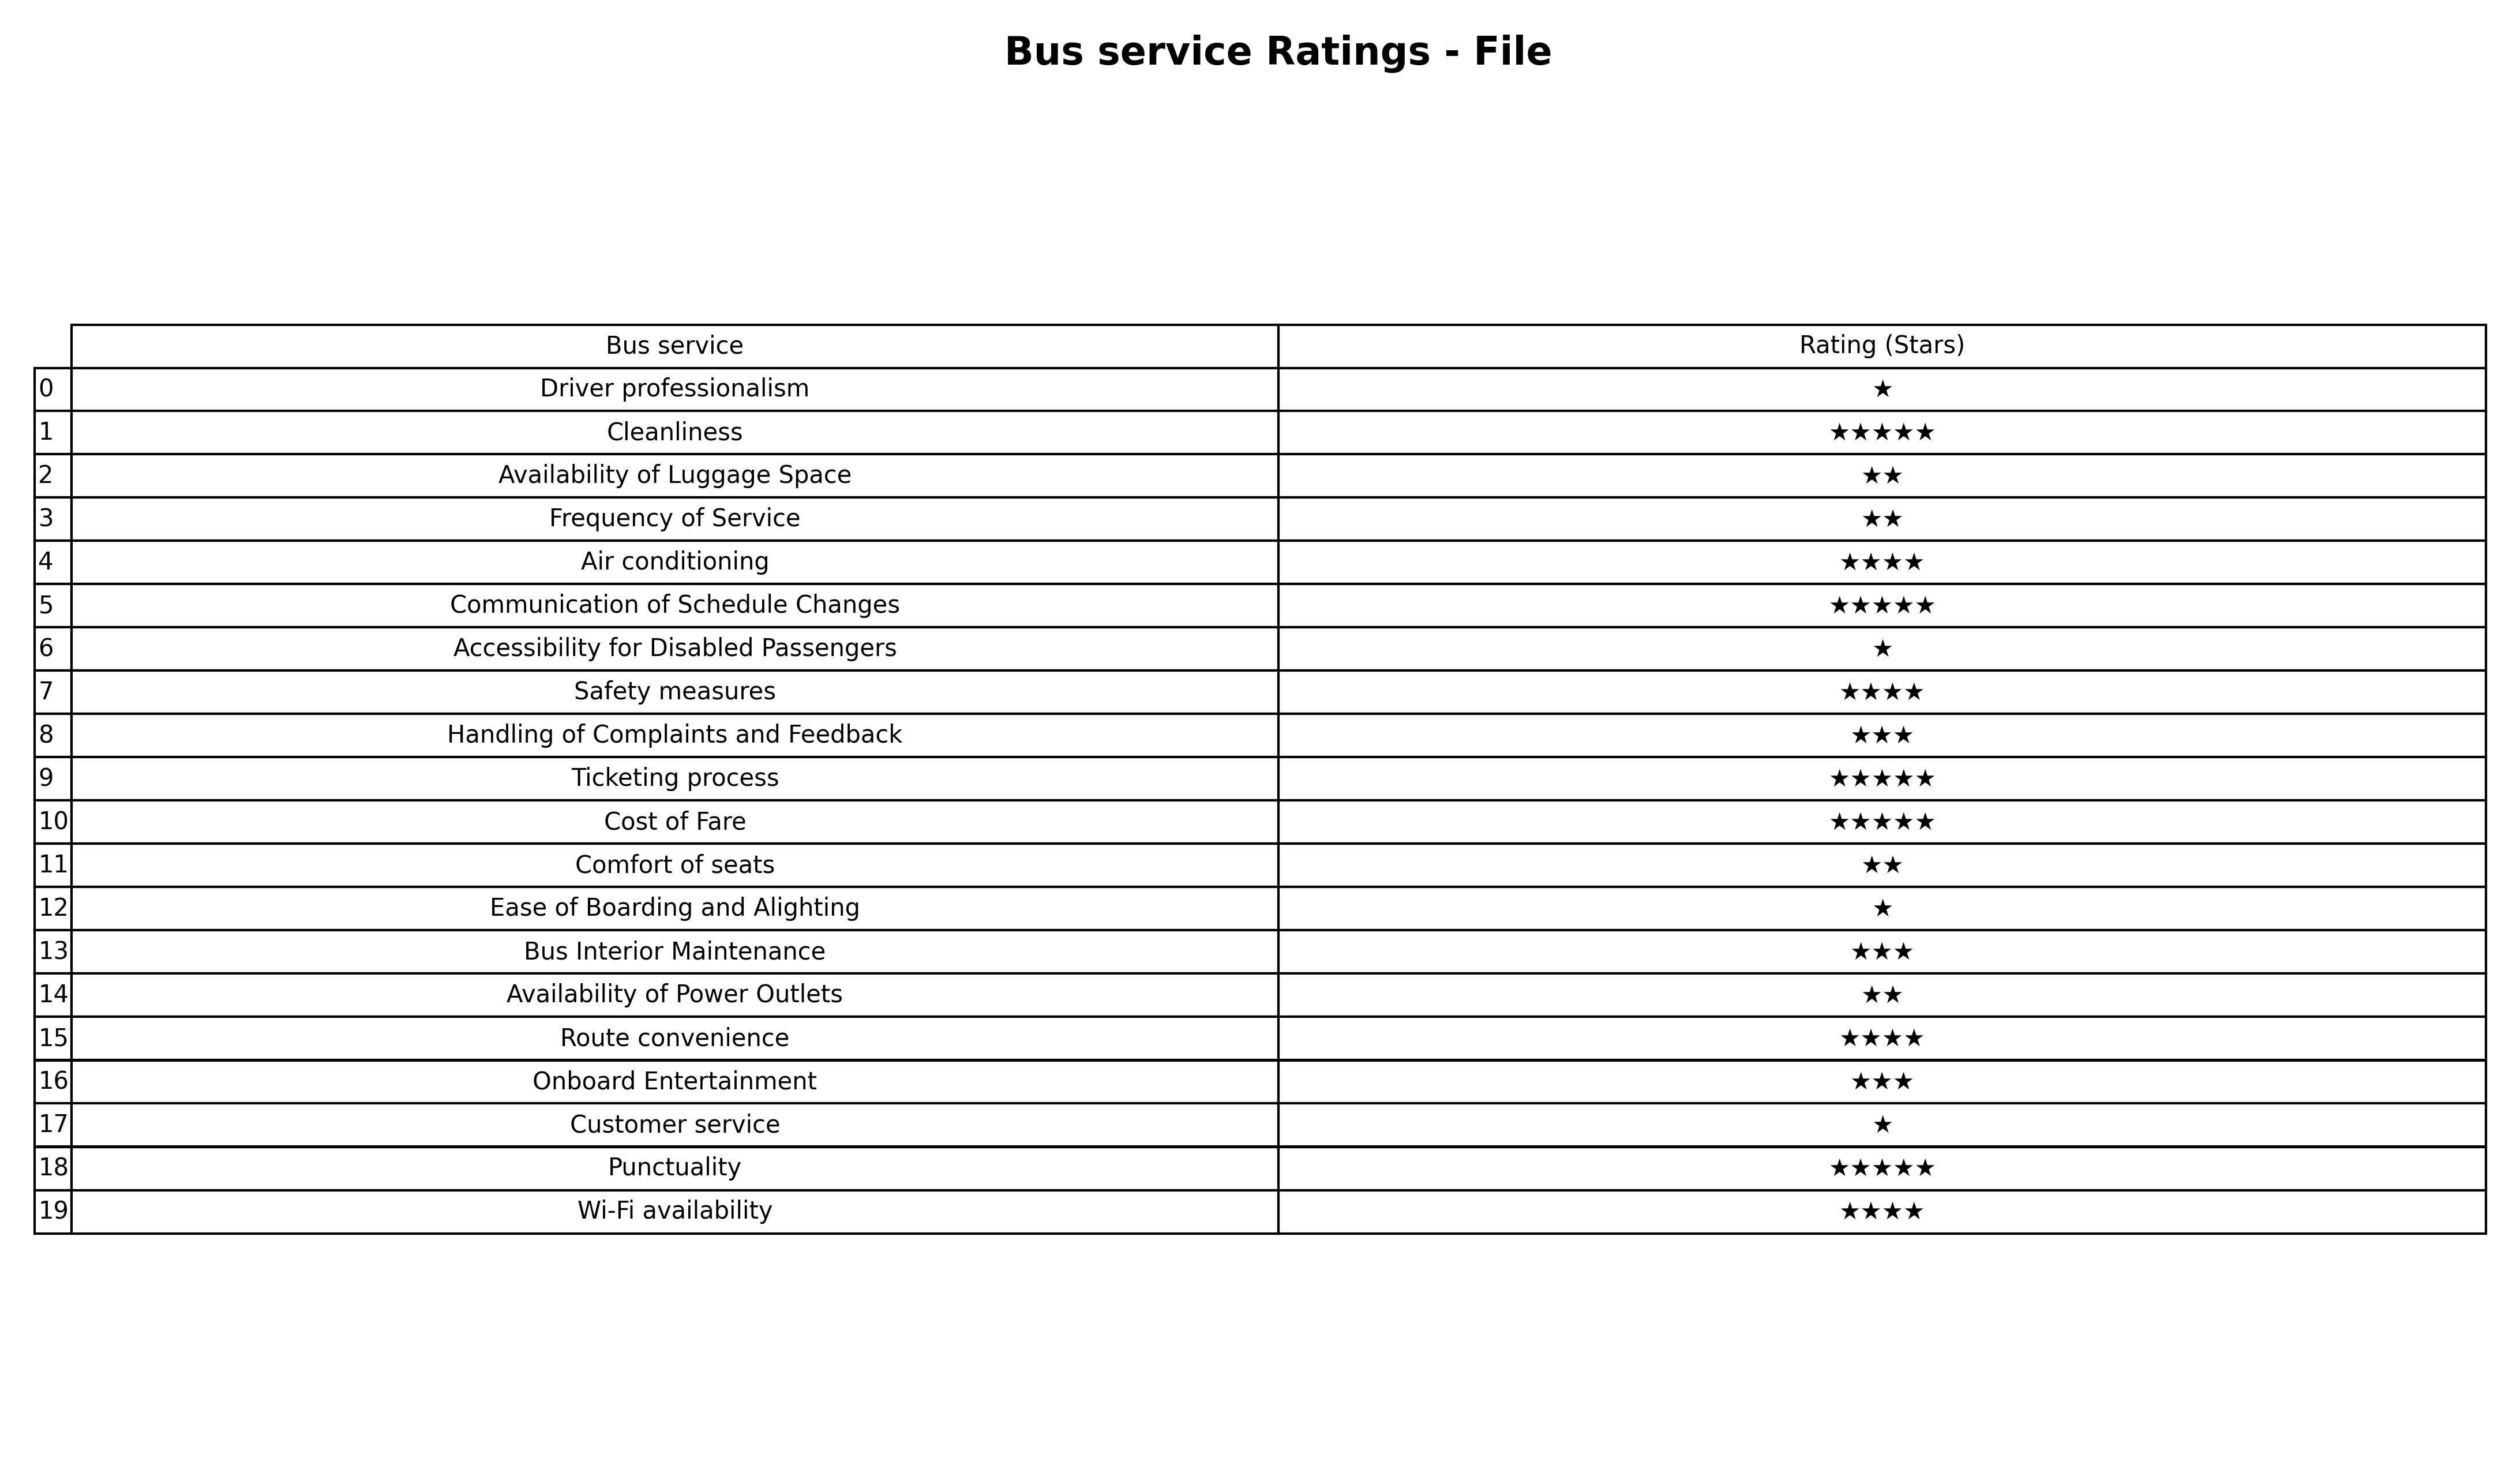
question: What are one star services?
answer: Driver professionalismAccessibility for Disabled PassengersEase of Boarding and AlightingCustomer service